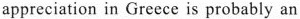
appreciation in Greece is probably an